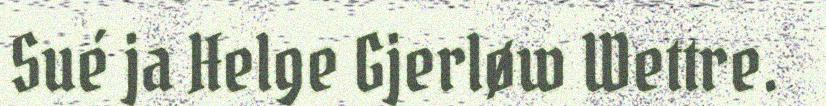
Sué ja Helge Gjerløw Wettre.